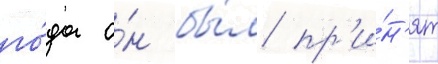
го́да о́н бы́л пр'и́н'ят